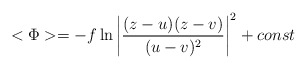
\begin{align*}<\Phi>=-f\ln{\left|\frac{(z-u)(z-v)}{(u-v)^2}\right|^2} +const\end{align*}